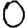
Digit: 0